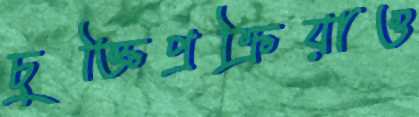
চুক্তিপ্রক্রিয়াও